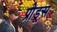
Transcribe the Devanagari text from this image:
प्रोडूस